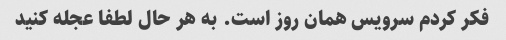
فکر کردم سرویس همان روز است. به هر حال لطفا عجله کنید